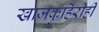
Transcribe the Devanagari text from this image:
खाजकुहिरीही